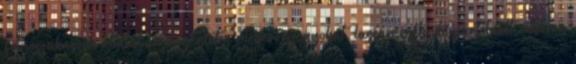
folyószakaszok általában egyenletes mederviszonyokat, lassan mélyülő partoldalt, akár a